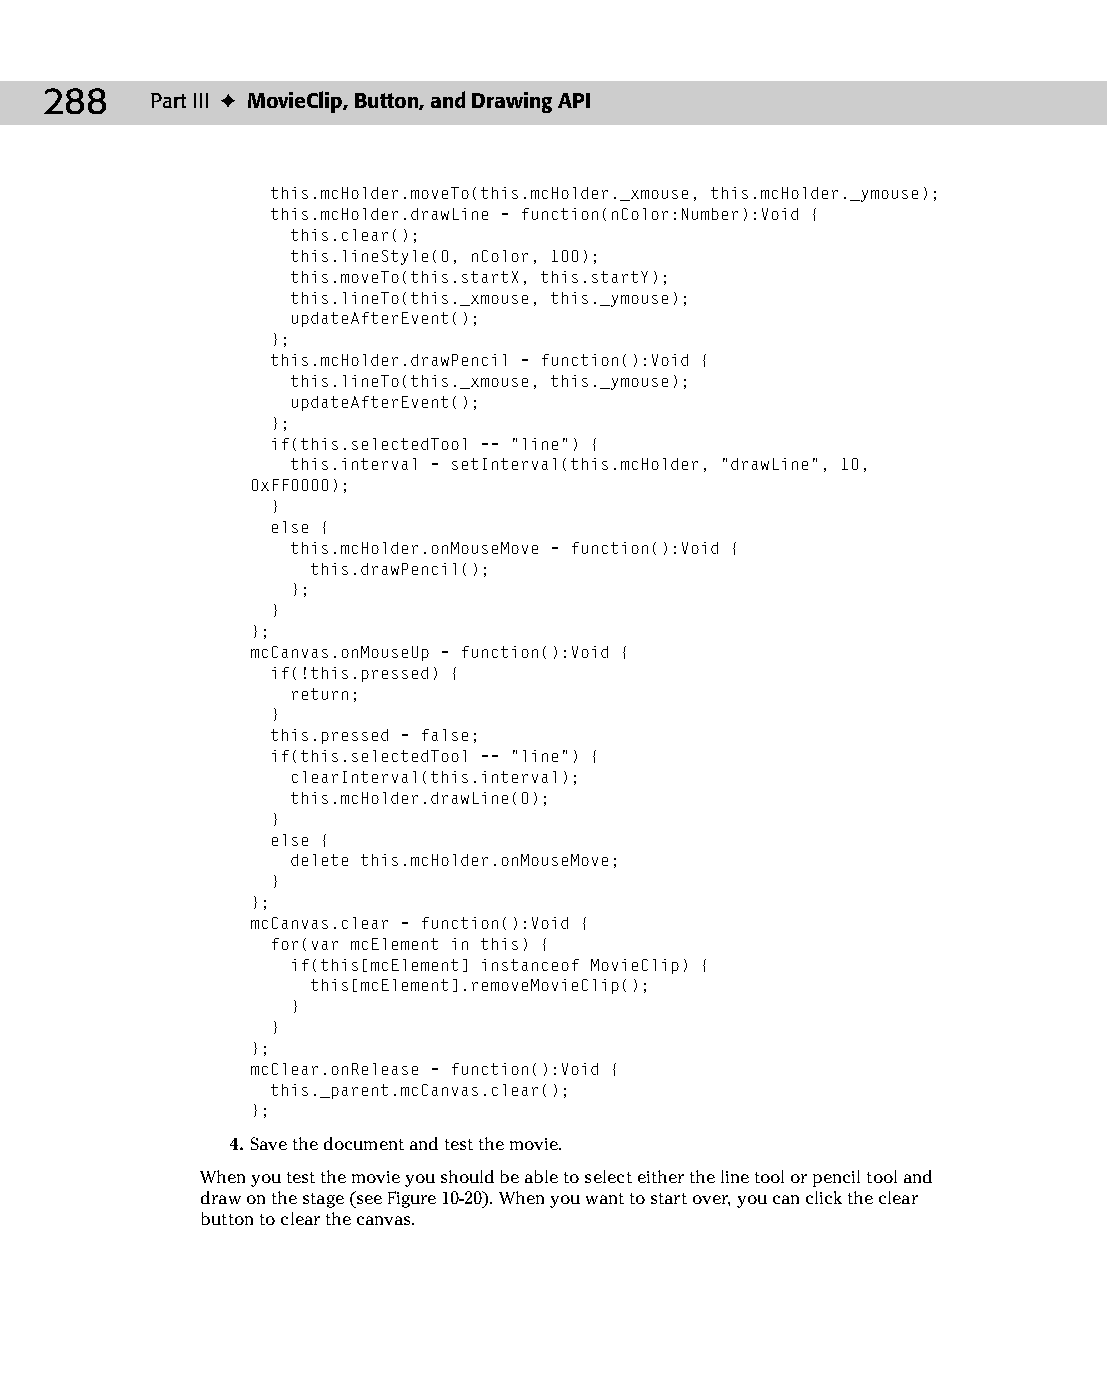
14 543547 ch10.qxd 3/24/04 3:49 PM Page 288
 288    Part III ✦ MovieClip, Button, and Drawing API
 this.mcHolder.moveTo(this.mcHolder._xmouse, this.mcHolder._ymouse);
 this.mcHolder.drawLine = function(nColor:Number):Void {
 this.clear();
 this.lineStyle(0, nColor, 100);
 this.moveTo(this.startX, this.startY);
 this.lineTo(this._xmouse, this._ymouse);
 updateAfterEvent();
 };
 this.mcHolder.drawPencil = function():Void {
 this.lineTo(this._xmouse, this._ymouse);
 updateAfterEvent();
 };
 if(this.selectedTool == “line”) {
 this.interval = setInterval(this.mcHolder, “drawLine”, 10,
 0xFF0000);
 }
 else {
 this.mcHolder.onMouseMove = function():Void {
 this.drawPencil();
 };
 }
 };
 mcCanvas.onMouseUp = function():Void {
 if(!this.pressed) {
 return;
 }
 this.pressed = false;
 if(this.selectedTool == “line”) {
 clearInterval(this.interval);
 this.mcHolder.drawLine(0);
 }
 else {
 delete this.mcHolder.onMouseMove;
 }
 };
 mcCanvas.clear = function():Void {
 for(var mcElement in this) {
 if(this[mcElement] instanceof MovieClip) {
 this[mcElement].removeMovieClip();
 }
 }
 };
 mcClear.onRelease = function():Void {
 this._parent.mcCanvas.clear();
 };
 4. Save the document and test the movie.
 When you test the movie you should be able to select either the line tool or pencil tool and
 draw on the stage (see Figure 10-20). When you want to start over, you can click the clear
 button to clear the canvas.